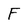
Character: F